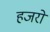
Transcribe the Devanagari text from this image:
हजरो